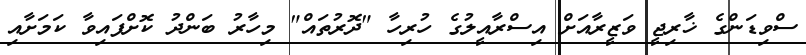
ސްވިޑަންގެ ޚާރިޖީ ވަޒީރާއަށް އިސްރާއީލުގެ ހުރިހާ "ދޮރުތައް" މިހާރު ބަންދު ކޮށްފައިވާ ކަމަށާއި